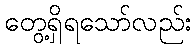
တွေ့ရှိရသော်လည်း